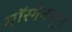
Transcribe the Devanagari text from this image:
मॉरगेनस्ट्रन